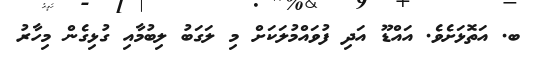
ބ. އަތޮޅަށެވެ. އައްޑޫ އަދި ފުވައްމުލަކަށް މި ލަގަބު ލިބުމާއި ގުޅިގެން މިހާރު